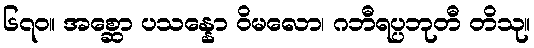
၆၇၀။ အစ္ဆော ပသန္နော ဝိမလော၊ ဂဘီရပ္ပဘုတီ တိသု။